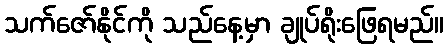
သက်ဇော်နိုင်ကို သည်နေ့မှာ ချုပ်ရိုးဖြေရမည်။